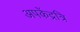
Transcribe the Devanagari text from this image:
अपकेंद्रत्रि